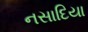
નસાદિયા